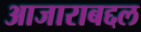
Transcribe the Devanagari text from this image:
आजाराबद्दल